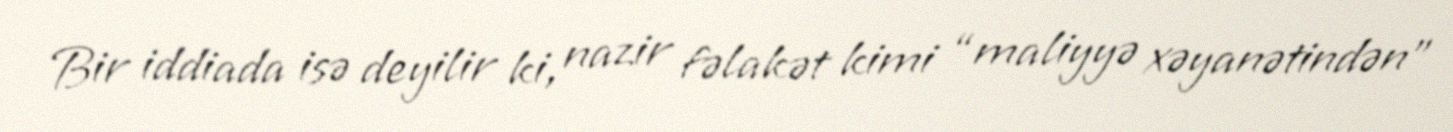
Bir iddiada isə deyilir ki, nazir fəlakət kimi “maliyyə xəyanətindən”